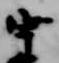
宇